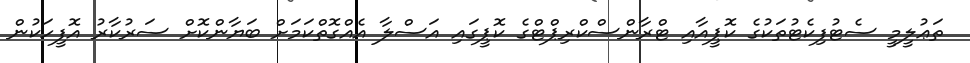
ތަޢުލީމީ ސެޓުފިކެޓުތަކުގެ ކޮޕީއާއި ޓްރާންސްކްރިޕްޓްގެ ކޮޕީގައި އަސްލާ އެއްގޮތްކަމަށް ބަޔާންކޮށް ސަރުކާރު އޮފީހަކުން